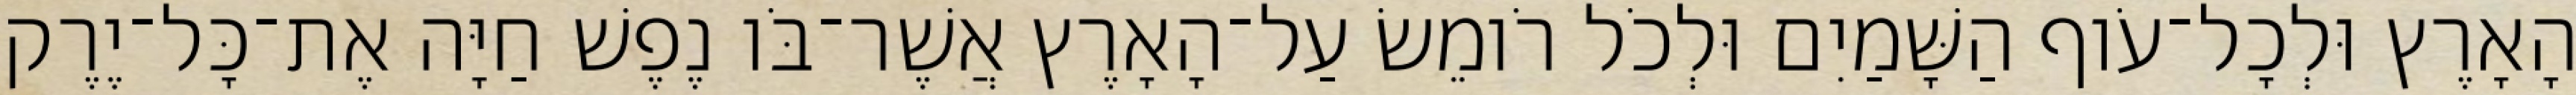
הָאָרֶץ וּלְכָל־עֹוף הַשָּׁמַיִם וּלְכֹל רֹומֵשׂ עַל־הָאָרֶץ אֲשֶׁר־בֹּו נֶפֶשׁ חַיָּה אֶת־כָּל־יֶרֶק